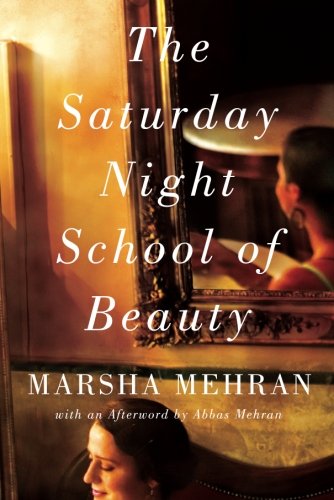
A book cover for The Saturday Night School of Beauty; Marsha Mehran; Literature & Fiction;